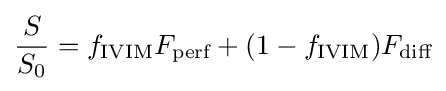
{\frac {S}{S_{0}}}=f_{\mathrm {IVIM} }F_{\text{perf}}+(1-f_{\mathrm {IVIM} })F_{\text{diff}}